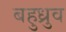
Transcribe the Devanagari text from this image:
बहुध्रुव